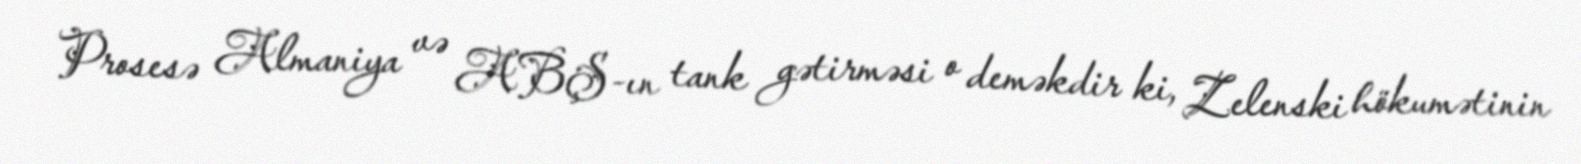
Prosesə Almaniya və ABŞ-ın tank gətirməsi o deməkdir ki, Zelenski hökumətinin